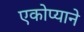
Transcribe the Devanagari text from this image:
एकोप्याने